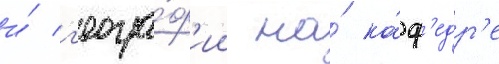
и́ г'еогра́ф'ии на́ ка́ф'едр'е